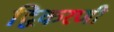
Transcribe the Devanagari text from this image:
द्विकरणी